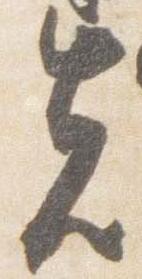
先